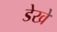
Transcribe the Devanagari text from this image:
डेखे